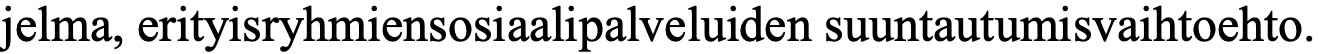
jelma, erityisryhmiensosiaalipalveluiden suuntautumisvaihtoehto.